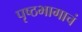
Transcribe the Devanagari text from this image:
पृष्ठभागाचं